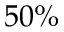
5 0 \%